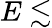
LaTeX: E\lesssim